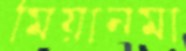
মিয়ানমা